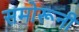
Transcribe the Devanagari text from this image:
समोरूनी